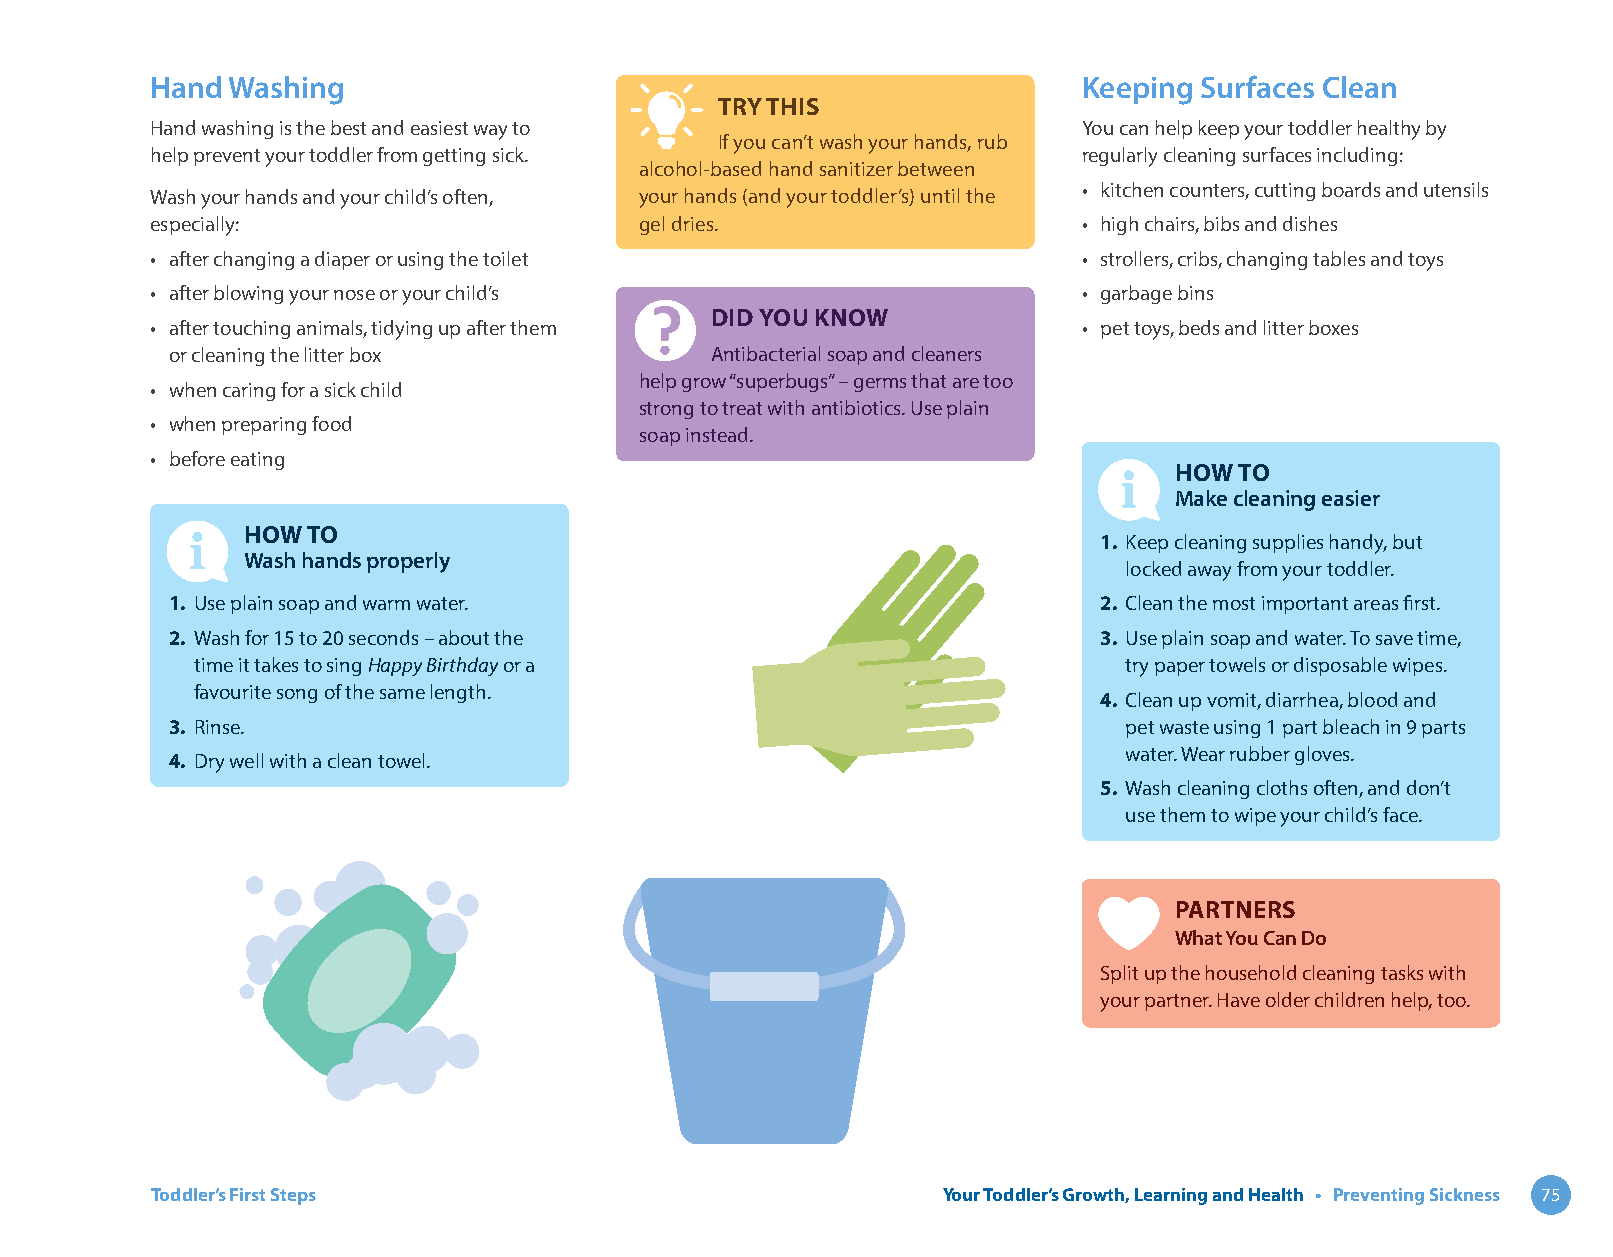
Hand Washing                                                  Keeping Surfaces Clean
 TRY THIS
 Hand washing is the best and easiest way to                   You can help keep your toddler healthy by
 If you can’t wash your hands, rub
 help prevent your toddler from getting sick.                  regularly cleaning surfaces including:
 alcohol-based hand sanitizer between
 • kitchen counters, cutting boards and utensils
 Wash your hands and your child’s often, your hands (and your toddler’s) until the
 especially:                     gel dries.                    • high chairs, bibs and dishes
 • after changing a diaper or using the toilet                 • strollers, cribs, changing tables and toys
 • after blowing your nose or your child’s                     • garbage bins
 DID YOU KNOW
 • after touching animals, tidying up after them               • pet toys, beds and litter boxes
 or cleaning the litter box          Antibacterial soap and cleaners
 help grow “superbugs” – germs that are too
 • when caring for a sick child
 strong to treat with antibiotics. Use plain
 • when preparing food
 soap instead.
 • before eating
 HOW TO
 Make cleaning easier
 HOW TO
 1. Keep cleaning supplies handy, but
 Wash hands properly
 locked away from your toddler.
 1. Use plain soap and warm water.                             2. Clean the most important areas first.
 2. Wash for 15 to 20 seconds – about the                      3. Use plain soap and water. To save time,
 time it takes to sing Happy Birthday or a                    try paper towels or disposable wipes.
 favourite song of the same length.
 4. Clean up vomit, diarrhea, blood and
 3. Rinse.                                                      pet waste using 1 part bleach in 9 parts
 water. Wear rubber gloves.
 4. Dry well with a clean towel.
 5. Wash cleaning cloths often, and don’t
 use them to wipe your child’s face.
 PARTNERS
 What You Can Do
 Split up the household cleaning tasks with
 your partner. Have older children help, too.
 Toddler’s First Steps                               Your Toddler’s Growth, Learning and Health • Preventing Sickness 75